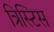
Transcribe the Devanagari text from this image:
त्रिस्टिस